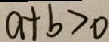
a + b > 0